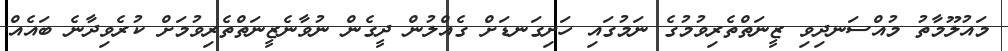
މައުލޫމާތު މުއްސަނދިވި ޒީނަތްތެރިވުމުގެ ނަމުގައި ހަށިގަނޑަށް ގެއްލުން ދީގެން ނުވާނެޒީނަތްތެރިވުމަށް ކުރެވިދާނެ ބައެއް